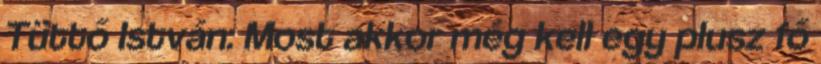
Tüttő István: Most akkor még kell egy plusz fő